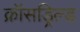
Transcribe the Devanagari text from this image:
क्रॉसड्रिल्ड